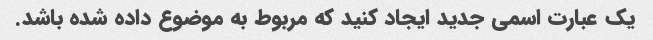
یک عبارت اسمی جدید ایجاد کنید که مربوط به موضوع داده شده باشد.